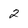
Character: 2